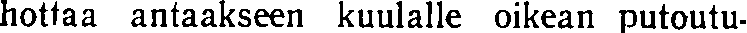
hottaa antaakseen kuulalle oikean putoutu-